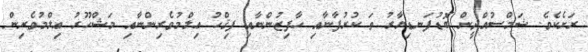
ރަށެކެވެ. ޝަމްސުއްދީން ބޮޑުފަނޑިޔާރު ތަ ކުރުފާނާއި ޙާފިޒުންނާއި ފިޤްހު ޢިލްމުވެރިންނާއި މަޝްހޫރު ޢިލްމުވެރިން